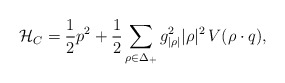
\begin{align*} \mathcal{H}_C = {1\over 2} p^{2} + {1\over2}\sum_{\rho\in\Delta_+} {g_{|\rho|}^{2} |\rho|^{2}} \,V(\rho\cdot q),\end{align*}